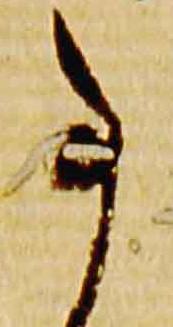
事